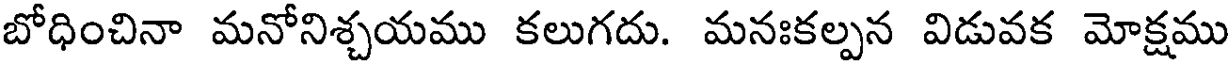
బోధించినా మనోనిశ్చయము కలుగదు. మనఃకల్పన విడువక మోక్షము